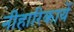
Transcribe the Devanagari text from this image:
नीहारिकायें